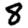
Digit: 8